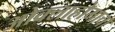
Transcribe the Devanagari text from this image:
ओक्लाहोमाचा